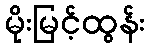
မိုးမြင့်ထွန်း